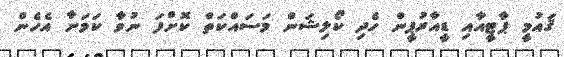
ޤައުމީ ޕާޓީއާއި ޑީއާރުޕީން ހެދި ކޯލިޝަން މަސައްކަތް ކޮށްފަ ނުވާ ކަމަށާ އެހެން